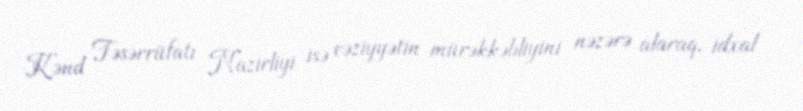
Kənd Təsərrüfatı Nazirliyi isə vəziyyətin mürəkkəbliyini nəzərə alaraq, idxal